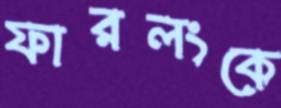
ফারলংকে